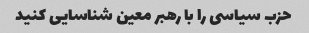
حزب سیاسی را با رهبر معین شناسایی کنید